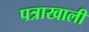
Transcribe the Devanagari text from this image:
पत्राखाली